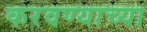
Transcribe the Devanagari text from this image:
करवण्याच्या